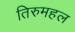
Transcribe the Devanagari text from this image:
तिरुमहल